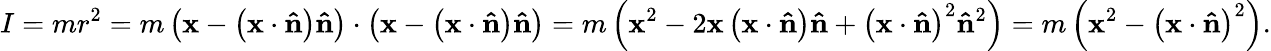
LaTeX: I=mr^{2}=m\left(\mathbf{x}-\left(\mathbf{x}\cdot\mathbf{\hat{n}}\right)\mathbf{\hat{n}}\right)\cdot\left(\mathbf{x}-\left(\mathbf{x}\cdot\mathbf{\hat{n}}\right)\mathbf{\hat{n}}\right)=m\left(\mathbf{x}^{2}-2\mathbf{x}\left(\mathbf{x}\cdot\mathbf{\hat{n}}\right)\mathbf{\hat{n}}+\left(\mathbf{x}\cdot\mathbf{\hat{n}}\right)^{2}\mathbf{\hat{n}}^{2}\right)=m\left(\mathbf{x}^{2}-\left(\mathbf{x}\cdot\mathbf{\hat{n}}\right)^{2}\right).